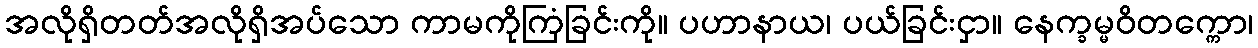
အလိုရှိတတ်အလိုရှိအပ်သော ကာမကိုကြံခြင်းကို။ ပဟာနာယ၊ ပယ်ခြင်းငှာ။ နေက္ခမ္မဝိတက္ကော၊